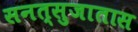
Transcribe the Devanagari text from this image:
सनत्सुजातास